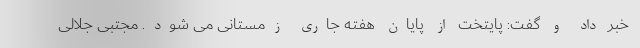
خبر داد و گفت: پایتخت از پایان هفته جاری زمستانی می شود. مجتبی جلالی